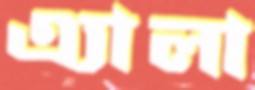
এ্যালা